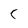
Character: C